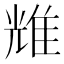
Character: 𬯬